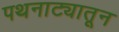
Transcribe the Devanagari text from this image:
पथनाट्यातून